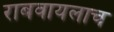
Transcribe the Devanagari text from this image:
राबवायलाच